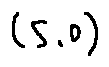
( 5 . 0 )